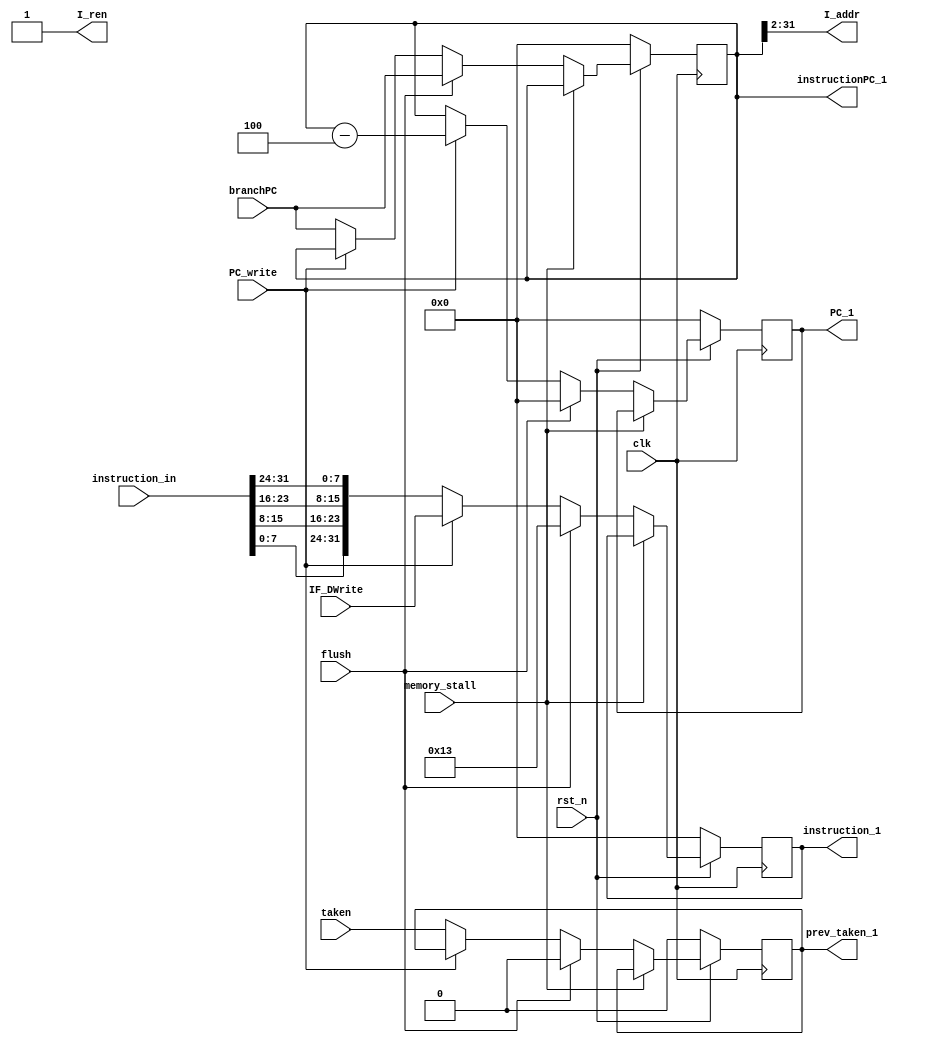
//`include "./ALUPipeline/compression_16.v"

module instruction_fetch(
    input         clk,
    input         rst_n,
    
    input         flush, 
    input         taken,
    input  [31:0] branchPC,

    input         memory_stall,
    input  [31:0] IF_DWrite,     
    input         PC_write,             
    
    input  [31:0] instruction_in,
    output [29:0] I_addr,       
    output        I_ren,         
    
    output [31:0] PC_1,
    output [31:0] instruction_1,
    
    output        prev_taken_1,
    output [31:0] instructionPC_1
);

// regs
reg [31:0] PC_r, PC_w;
reg [31:0] PC_out_r, PC_out_w;
reg [31:0] instruction_out_r, instruction_out_w;
reg        taken_r, taken_w;

// wires
reg [29:0] I_addr_w;
reg I_ren_w;
wire[31:0] instruction_little; //instruction input with little_end

assign PC_1                 = PC_out_r;
assign instruction_1        = instruction_out_r;
assign I_addr               = I_addr_w;
assign I_ren                = I_ren_w;
assign instruction_little   = {instruction_in[7:0],instruction_in[15:8],instruction_in[23:16],instruction_in[31:24]}; //instruction with little_end
assign prev_taken_1         = taken_r;
assign instructionPC_1      = PC_r;

// ===== RVC ===== //
// wires
//wire [15:0] inst_16;
//wire [31:0] inst_32;
wire  [31:0] instruction; //real output instruction 
assign instruction = instruction_little ;
//assign inst_16 = instruction_little[15:0];

//Decompressor decompressor(.inst_16(inst_16),.inst_32(inst_32));
/*
always @(*) begin
    if (instruction_little == 32'b0) instruction = 32'h00000013 ; //initialize but can ignore?
    else if (instruction_little[1]&instruction_little[0]) instruction = instruction_little ;
    else instruction = inst_32 ;
end
*/
// ===== PC ===== //
always @(*) begin
    if(memory_stall) begin
        PC_w        = PC_r;
        taken_w     = taken_r;
    end
    else begin 
        if(flush) begin
            PC_w        = branchPC;
            taken_w     = 1'b0;
        end
        else begin
            if(PC_write) begin
                PC_w        = PC_r;
                taken_w     = taken_r;
            end
            else begin
                taken_w     = taken;
                PC_w        = branchPC;
            end
        end
    end
end

// ===== PC_out ===== //
always @(*) begin
    if(memory_stall) begin
        PC_out_w = PC_out_r ;
    end
    else begin
        if(flush) begin // branch hazard(insert NOP)
            PC_out_w = 32'd0;  
        end
        else begin
            if(PC_write) begin // load-use hazard
                PC_out_w = PC_r - 4;
            end
            else begin
                PC_out_w = PC_r;
            end
        end
    end
end

// ===== instruction_out ===== //
always @(*) begin
    if(memory_stall) begin
        instruction_out_w = instruction_out_r;
    end
    else begin
        if(flush) begin
            instruction_out_w = 32'h00000013; // NOP
        end
        else begin
            if(PC_write) begin
                instruction_out_w = IF_DWrite;
            end
            else begin
                instruction_out_w = instruction;
            end    
        end
    end
end

// ===== I_cache ===== //
always @(*) begin
    I_addr_w            = PC_r[31:2];
    I_ren_w             = 1'b1;  // always reading I_cache
end

always @(posedge clk) begin
    if(!rst_n) begin
        PC_r                <= 32'd0;
        PC_out_r            <= 32'd0;
        instruction_out_r   <= 32'd0;
        taken_r             <= 1'b0;
    end
    else begin
        PC_r                <= PC_w;
        PC_out_r            <= PC_out_w;
        instruction_out_r   <= instruction_out_w;
        taken_r             <= taken_w;
    end
end  
endmodule